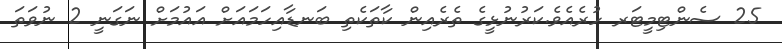
25 ސެންޓިމީޓަރ ހުރެއެވެ.ކަރުނުޅީގެ ތެރެއިން ކާތަކެތި ބަނޑާއިހަމައަށް އައުމަށް ނަގަނީ 2 ނުވަތަ